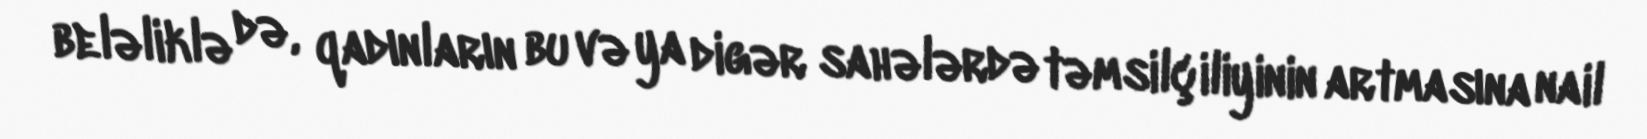
beləliklə də, qadınların bu və ya digər sahələrdə təmsilçiliyinin artmasına nail